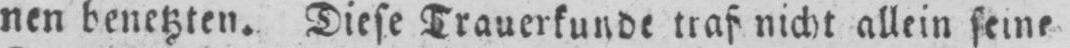
traf nicht allein seine